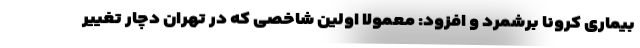
بیماری کرونا برشمرد و افزود: معمولا اولین شاخصی که در تهران دچار تغییر